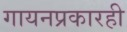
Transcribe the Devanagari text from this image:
गायनप्रकारही